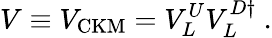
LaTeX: V\equiv V_{\mathrm{CKM}}=V_{L}^{U}V_{L}^{D\dagger}\ .